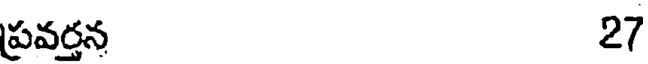
ప్రవర్తన 27